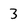
Character: 3